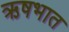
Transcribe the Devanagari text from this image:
ऋषभात